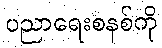
ပညာရေးစနစ်ကို